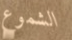
الشموع